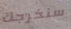
سنخرجك